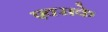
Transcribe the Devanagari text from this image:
एक्सके